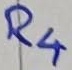
Text: R4